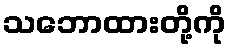
သဘောထားတို့ကို